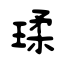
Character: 瑈